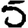
Digit: 5